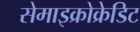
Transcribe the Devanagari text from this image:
सेमाइक्रोक्रेडिट